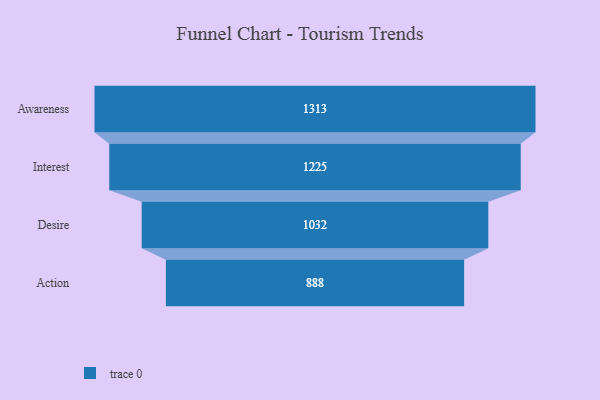
{"axis": {"x": "Stage", "y": "Value"}, "legend": [""], "data": [{"x": "Awareness", "y": 1313.0, "type": ""}, {"x": "Interest", "y": 1225.0, "type": ""}, {"x": "Desire", "y": 1032.0, "type": ""}, {"x": "Action", "y": 888.0, "type": ""}]}